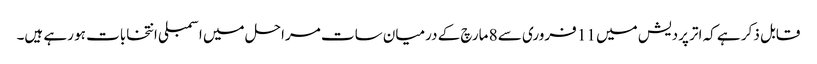
قابل ذکر ہے کہ اتر پردیش میں 11 فروری سے 8 مارچ کے درمیان سات مراحل میں اسمبلی انتخابات ہو رہے ہیں۔